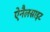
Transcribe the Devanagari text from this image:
ऐनैलसाइट